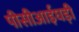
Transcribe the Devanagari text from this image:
पीसीआईघड़ी